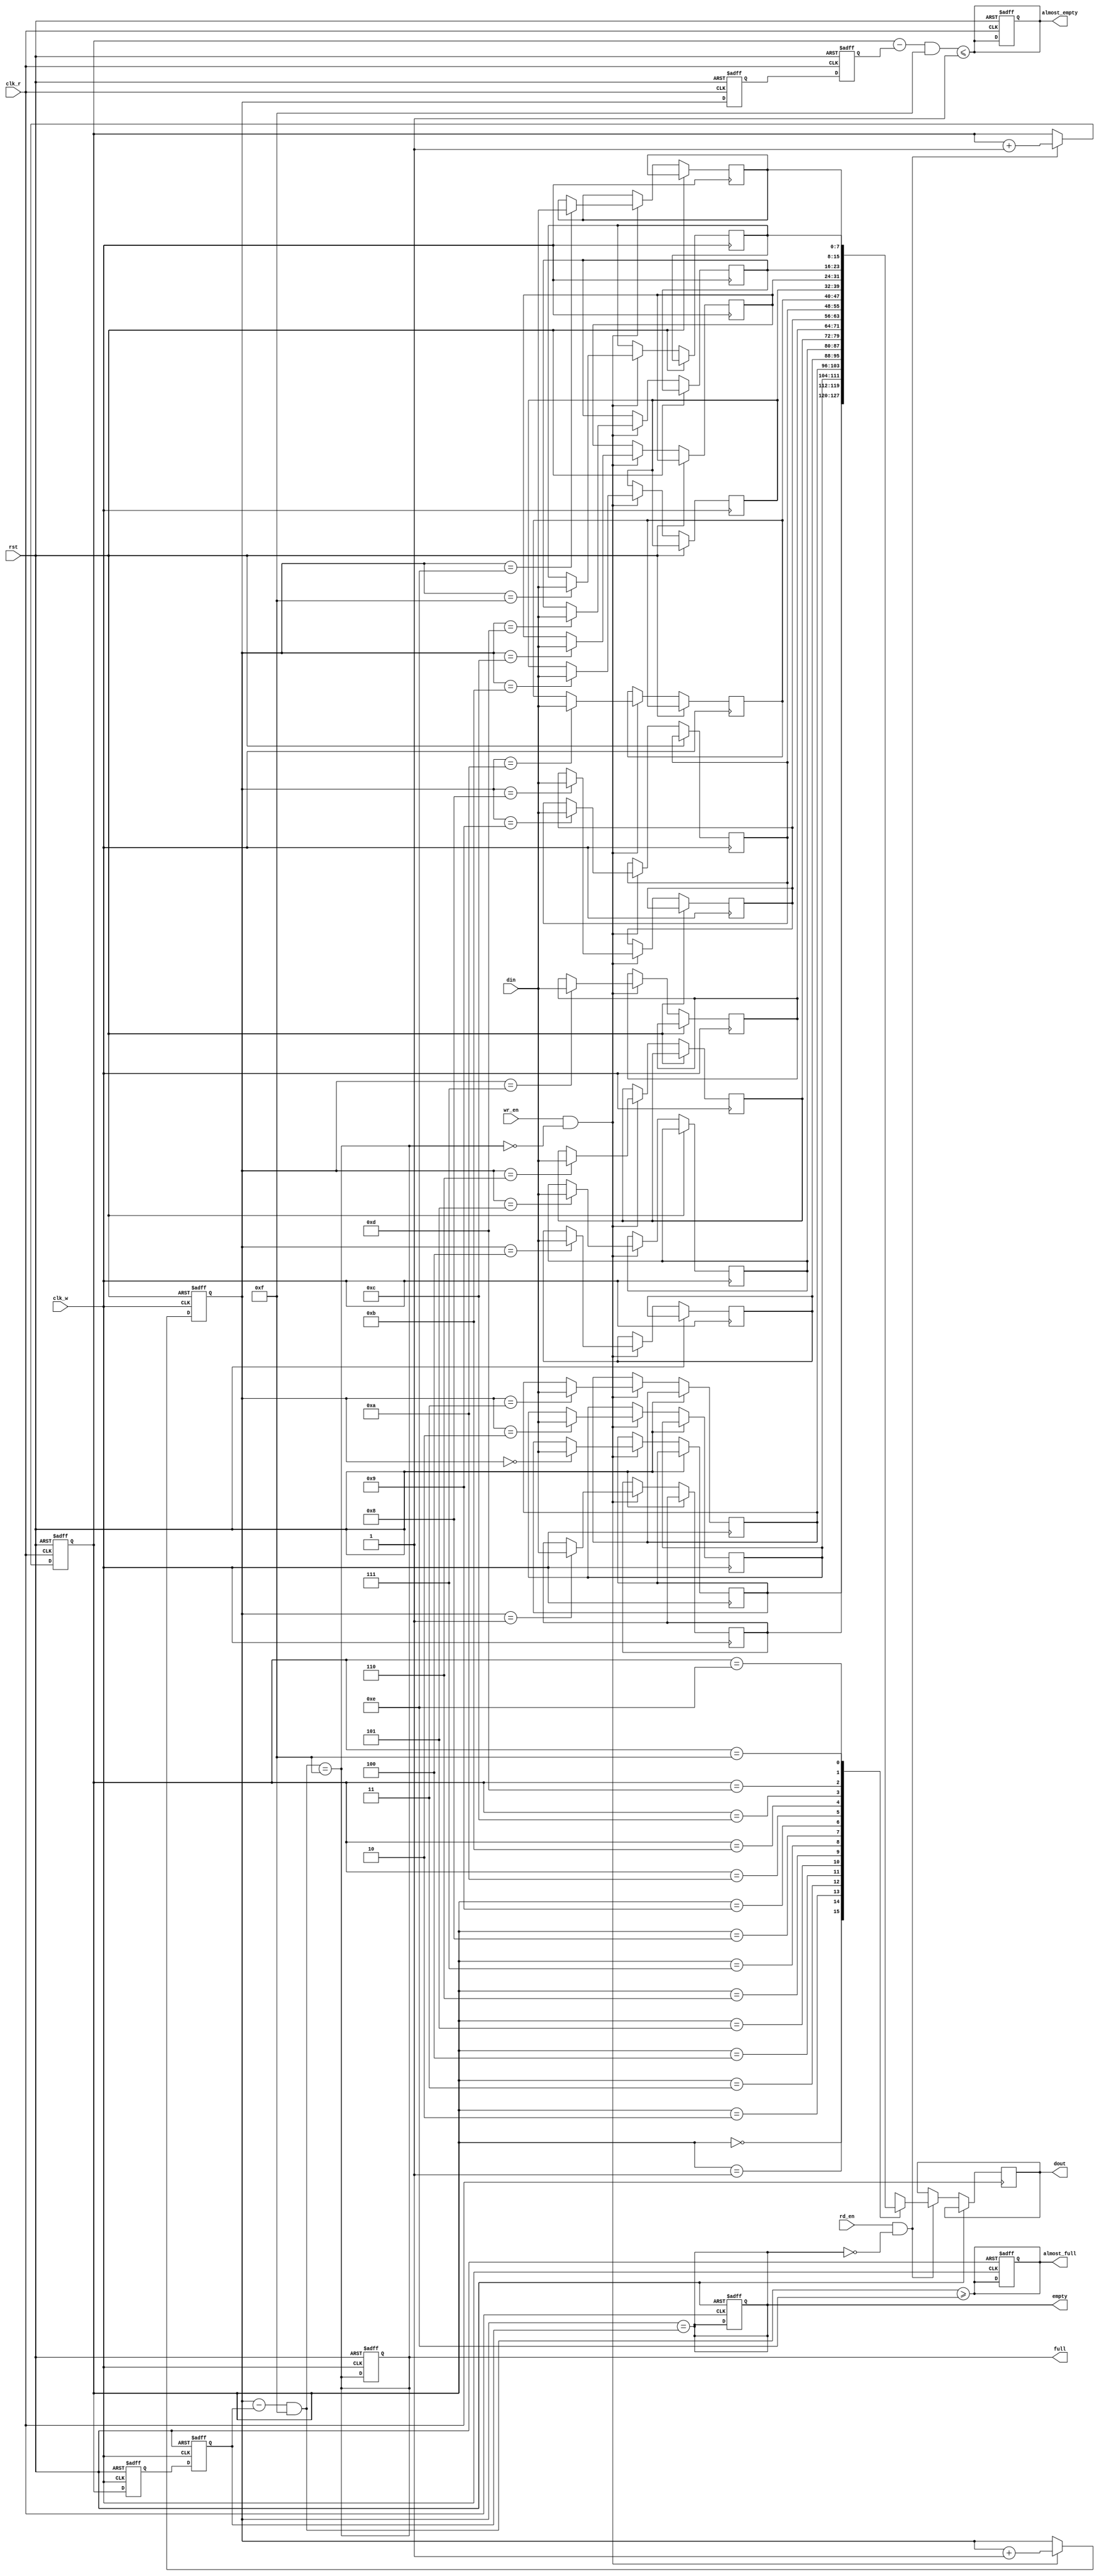
module async_fifo #(
    parameter DATA_WIDTH = 8,    // Width of the data
    parameter FIFO_DEPTH = 16     // Depth of the FIFO (must be a power of 2)
)(
    input wire clk_w,             // Write clock
    input wire clk_r,             // Read clock
    input wire rst,               // Reset signal
    input wire wr_en,             // Write enable
    input wire rd_en,             // Read enable
    input wire [DATA_WIDTH-1:0] din, // Data input
    output reg [DATA_WIDTH-1:0] dout, // Data output
    output reg full,              // FIFO full flag
    output reg empty,             // FIFO empty flag
    output reg almost_full,       // Almost full flag
    output reg almost_empty       // Almost empty flag
);

    // Memory array
    reg [DATA_WIDTH-1:0] fifo_mem [0:FIFO_DEPTH-1];

    // Pointer registers
    reg [3:0] wp; // Write pointer
    reg [3:0] rp; // Read pointer

    // Write pointer synchronization
    reg [3:0] wp_sync_r;
    reg [3:0] wp_sync_r2;

    // Read pointer synchronization
    reg [3:0] rp_sync_w;
    reg [3:0] rp_sync_w2;

    // FIFO status management
    wire [3:0] wp_diff;
    wire [3:0] rp_diff;

    // Initialize pointers and flags
    always @(posedge clk_w or posedge rst) begin
        if (rst) begin
            wp <= 0;
            full <= 0;
            almost_full <= 0;
        end else begin
            if (wr_en && !full) begin
                fifo_mem[wp] <= din; // Write data
                wp <= wp + 1;
            end
        end
    end

    always @(posedge clk_r or posedge rst) begin
        if (rst) begin
            rp <= 0;
            empty <= 1;
            almost_empty <= 1;
        end else begin
            if (rd_en && !empty) begin
                dout <= fifo_mem[rp]; // Read data
                rp <= rp + 1;
            end
        end
    end

    // Synchronize write pointer to read domain
    always @(posedge clk_r or posedge rst) begin
        if (rst) begin
            wp_sync_r <= 0;
            wp_sync_r2 <= 0;
        end else begin
            wp_sync_r <= wp;
            wp_sync_r2 <= wp_sync_r;
        end
    end

    // Synchronize read pointer to write domain
    always @(posedge clk_w or posedge rst) begin
        if (rst) begin
            rp_sync_w <= 0;
            rp_sync_w2 <= 0;
        end else begin
            rp_sync_w <= rp;
            rp_sync_w2 <= rp_sync_w;
        end
    end

    // FIFO status flags
    always @(*) begin
        // Calculate the difference between pointers
        wp_diff = (wp - rp_sync_w2) & (FIFO_DEPTH-1);
        rp_diff = (rp - wp_sync_r2) & (FIFO_DEPTH-1);

        // Update flags
        empty = (wp == rp_sync_w2);
        full = (wp_diff == (FIFO_DEPTH-1));
        almost_full = (wp_diff >= (FIFO_DEPTH-2));
        almost_empty = (rp_diff <= 1);
    end

endmodule